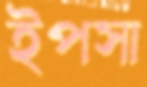
ইপসা